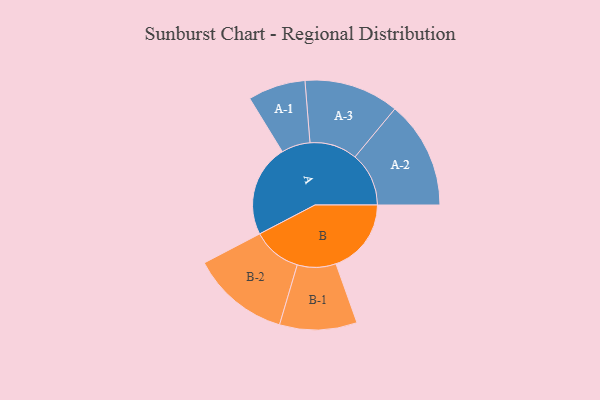
{"axis": {"x": "Segment", "y": "Value"}, "legend": ["", "A", "B"], "data": [{"x": "A", "y": 493, "type": ""}, {"x": "B", "y": 403, "type": ""}, {"x": "A-1", "y": 154, "type": "A"}, {"x": "A-2", "y": 288, "type": "A"}, {"x": "A-3", "y": 254, "type": "A"}, {"x": "B-1", "y": 207, "type": "B"}, {"x": "B-2", "y": 263, "type": "B"}]}